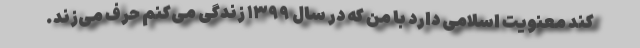
کند معنویت اسلامی دارد با من که در سال ۱۳۹۹ زندگی می‌کنم حرف می‌زند.